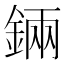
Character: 𨨄